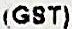
(GST)